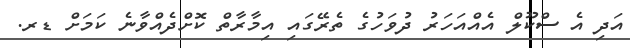
އަދި އެ ސްކޫލް އެއްއަހަރު ދުވަހުގެ ތެރޭގައި އިމާރާތް ކޮށްދެއްވާނެ ކަމަށް ޑރ.